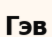
Гэв